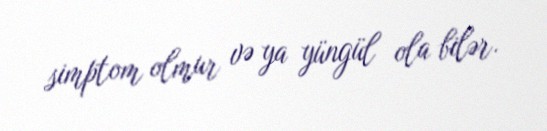
simptom olmur və ya yüngül ola bilər.